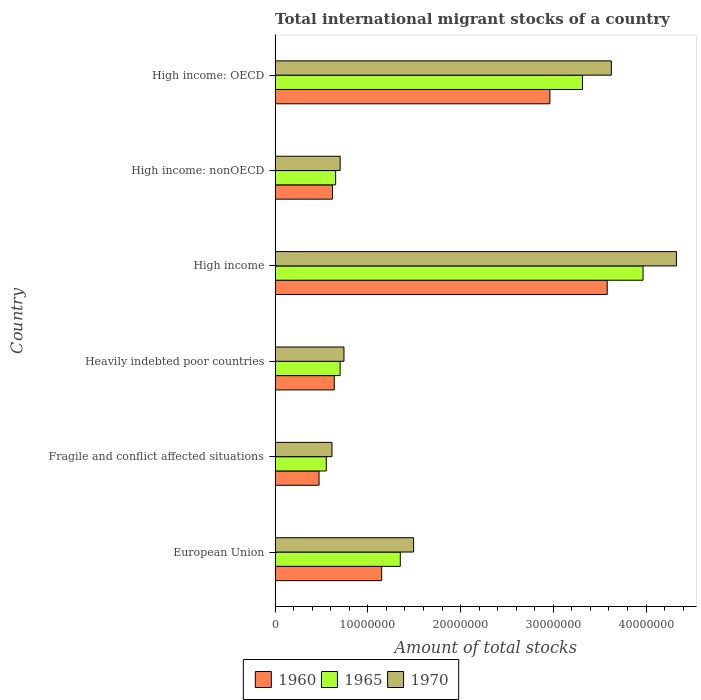
| Country | 1960 | 1965 | 1970 |
 | --- | --- | --- | --- |
 | European Union | 1.15e+07 | 1.35e+07 | 1.49e+07 |
 | Fragile and conflict affected situations | 4.74e+06 | 5.52e+06 | 6.14e+06 |
 | Heavily indebted poor countries | 6.38e+06 | 7.01e+06 | 7.43e+06 |
 | High income | 3.58e+07 | 3.97e+07 | 4.33e+07 |
 | High income: nonOECD | 6.18e+06 | 6.53e+06 | 7.02e+06 |
 | High income: OECD | 2.96e+07 | 3.31e+07 | 3.63e+07 |